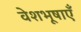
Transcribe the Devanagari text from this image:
वेशभूषाएँ